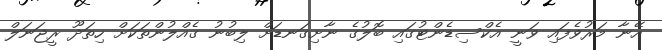
އޭނާ މަރުވެފައި ވަނީ އެކްސިޑެންޓުގައި ބޮލުގެ ނާށިގަނޑަށް ލިބުނު ގެއްލުންތަކަށް ހިތަދޫ ރީޖަނަލް